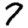
Digit: 7